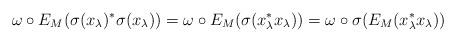
LaTeX: \begin{align*}\omega\circ E_M(\sigma(x_\lambda)^*\sigma(x_\lambda))=\omega\circ E_M(\sigma(x_\lambda^* x_\lambda))=\omega\circ \sigma(E_M(x_\lambda^* x_\lambda))\end{align*}